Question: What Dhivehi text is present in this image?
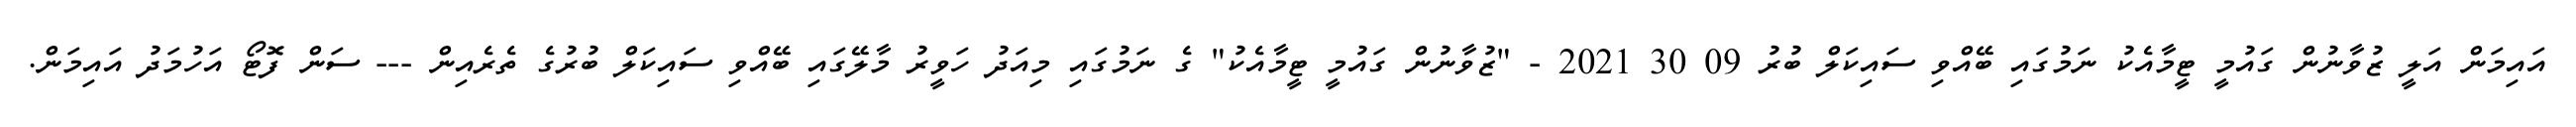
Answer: އައިމަން އަލީ ޒުވާނުން ގައުމީ ޓީމާއެކު ނަމުގައި ބޭއްވި ސައިކަލް ބުރު 09 30 2021 - "ޒުވާނުން ގައުމީ ޓީމާއެކު" ގެ ނަމުގައި މިއަދު ހަވީރު މާލޭގައި ބޭއްވި ސައިކަލް ބުރުގެ ތެރެއިން --- ސަން ފޮޓޯ އަހުމަދު އައިމަން.